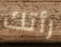
رأتك